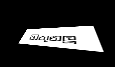
හිතුනලූ